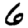
Digit: 6